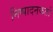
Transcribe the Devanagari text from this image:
निष्‍पादनकर्ता